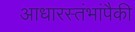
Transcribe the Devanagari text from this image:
आधारस्तंभांपैकी